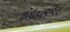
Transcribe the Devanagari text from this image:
३६५९९८